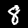
Digit: 8